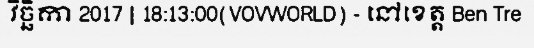
វិច្ឆិកា 2017 | 18:13:00(VOVWORLD) - នៅខេត្ត Ben Tre